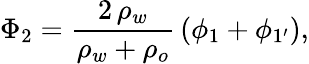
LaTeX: \Phi_{2}=\frac{2\, \rho_{w}}{\rho_{w}+\rho_{o}}\, \left(\phi_{1}+\phi_{1^{\prime}}\right),